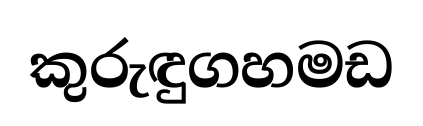
කුරුඳුගහමඩ